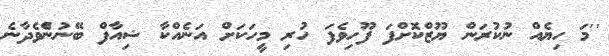
''މަ ހިޔެއް ނުކުރަން ޔޫޒްކޮށްފަ ފޫހިވެފަ ހުރި މީހަކަށް އަނެއްކާ ޝިއާފް ބޭނުންެވެދާނެ